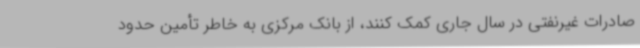
صادرات غیرنفتی در سال جاری کمک کنند، از بانک مرکزی به خاطر تأمین حدود